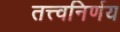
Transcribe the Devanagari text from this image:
तत्त्वनिर्णय